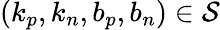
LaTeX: (k_{p},k_{n},b_{p},b_{n})\in\mathcal{S}